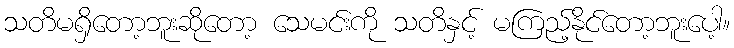
သတိမရှိတော့ဘူးဆိုတော့ သေမင်းကို သတိနှင့် မကြည့်နိုင်တော့ဘူးပေါ့။